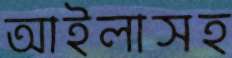
আইলাসহ